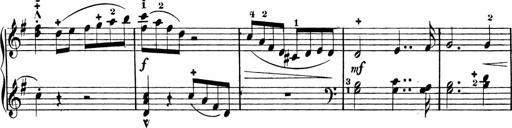
Title: Rosen ohne Dornen
Composer: Gustav Lange